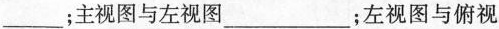
主视图与左视图___；左视图与俯视